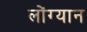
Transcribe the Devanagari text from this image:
लोंग्यान